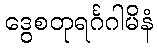
ဒွေစတုရင်္ဂဂါမိနံ